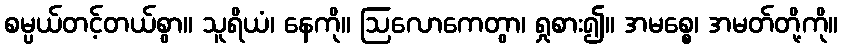
စမ္ပယ်တင့်တယ်စွာ။ သူရိယံ၊ နေကို။ ဩလောကေတွာ၊ ရှုစား၍။ အမစ္စေ၊ အမတ်တို့ကို။